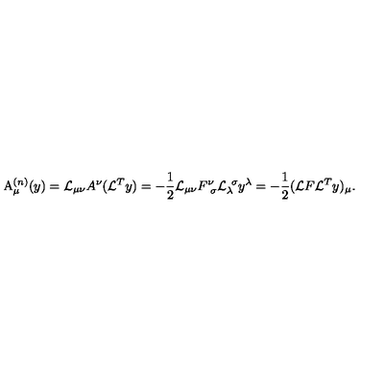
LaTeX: \mathrm { A } _ { \mu } ^ { ( n ) } ( y ) = { \cal L } _ { \mu \nu } A ^ { \nu } ( { \cal L } ^ { T } y ) = - \frac { 1 } { 2 } { \cal L } _ { \mu \nu } F _ { \ \sigma } ^ { \nu } { \cal L } _ { \lambda } ^ { \ \sigma } y ^ { \lambda } = - \frac { 1 } { 2 } ( { \cal L } F { \cal L } ^ { T } y ) _ { \mu } .